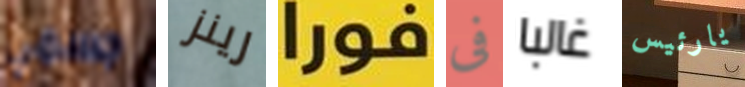
جسمي رينز فورا فى غالبا يارئيس